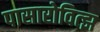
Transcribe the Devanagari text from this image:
पासारोवित्झ